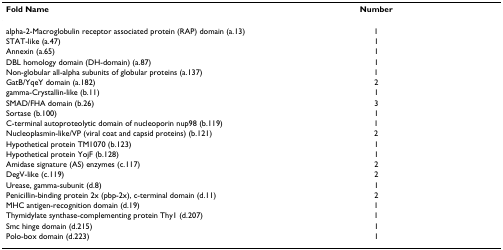
| Fold Name | Number |
 | --- | --- |
 | alpha-2-Macroglobulin receptor associated protein (RAP) domain (a.13) | 1 |
 | STAT-like (a.47) | 1 |
 | Annexin (a.65) | 1 |
 | DBL homology domain (DH-domain) (a.87) | 1 |
 | Non-globular all-alpha subunits of globular proteins (a.137) | 1 |
 | GatB/YqeY domain (a.182) | 2 |
 | gamma-Crystallin-like (b.11) | 1 |
 | SMAD/FHA domain (b.26) | 3 |
 | Sortase (b.100) | 1 |
 | C-terminal autoproteolytic domain of nucleoporin nup98 (b.119) | 1 |
 | Nucleoplasmin-like/VP (viral coat and capsid proteins) (b.121) | 2 |
 | Hypothetical protein TM1070 (b.123) | 1 |
 | Hypothetical protein YojF (b.128) | 1 |
 | Amidase signature (AS) enzymes (c.117) | 2 |
 | DegV-like (c.119) | 2 |
 | Urease, gamma-subunit (d.8) | 1 |
 | Penicillin-binding protein 2x (pbp-2x), c-terminal domain (d.11) | 2 |
 | MHC antigen-recognition domain (d.19) | 1 |
 | Thymidylate synthase-complementing protein Thy1 (d.207) | 1 |
 | Smc hinge domain (d.215) | 1 |
 | Polo-box domain (d.223) | 1 |